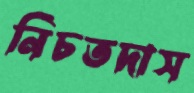
নিচতদাস